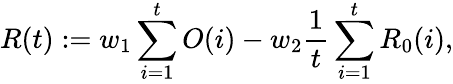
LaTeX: R(t):=w_{1}\sum_{i=1}^{t}O(i)-w_{2}\frac{1}{t}\sum_{i=1}^{t}R_{0}(i),